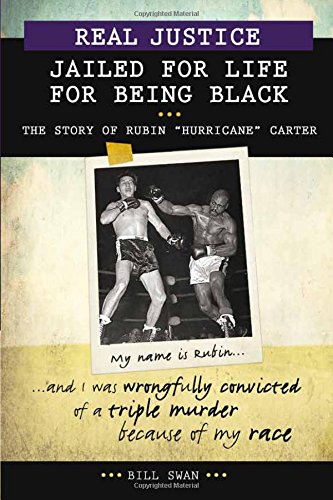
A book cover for Real Justice: Jailed for Life for Being Black: The Story of Rubin "Hurricane" Carter (Lorimer Real Justice); Bill Swan; Teen & Young Adult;